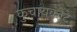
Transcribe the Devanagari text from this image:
कुचायकोटे